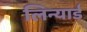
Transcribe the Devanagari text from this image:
लिन्यार्ड